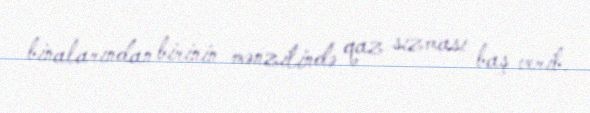
binalarından birinin mənzilində qaz sızması baş verib.